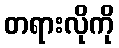
တရားလိုကို